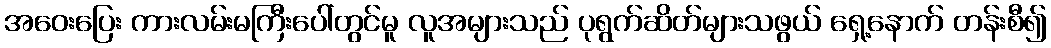
အဝေးပြေး ကားလမ်းမကြီးပေါ်တွင်မူ လူအများသည် ပုရွက်ဆိတ်များသဖွယ် ရှေ့နောက် တန်းစီ၍